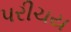
પરીચય